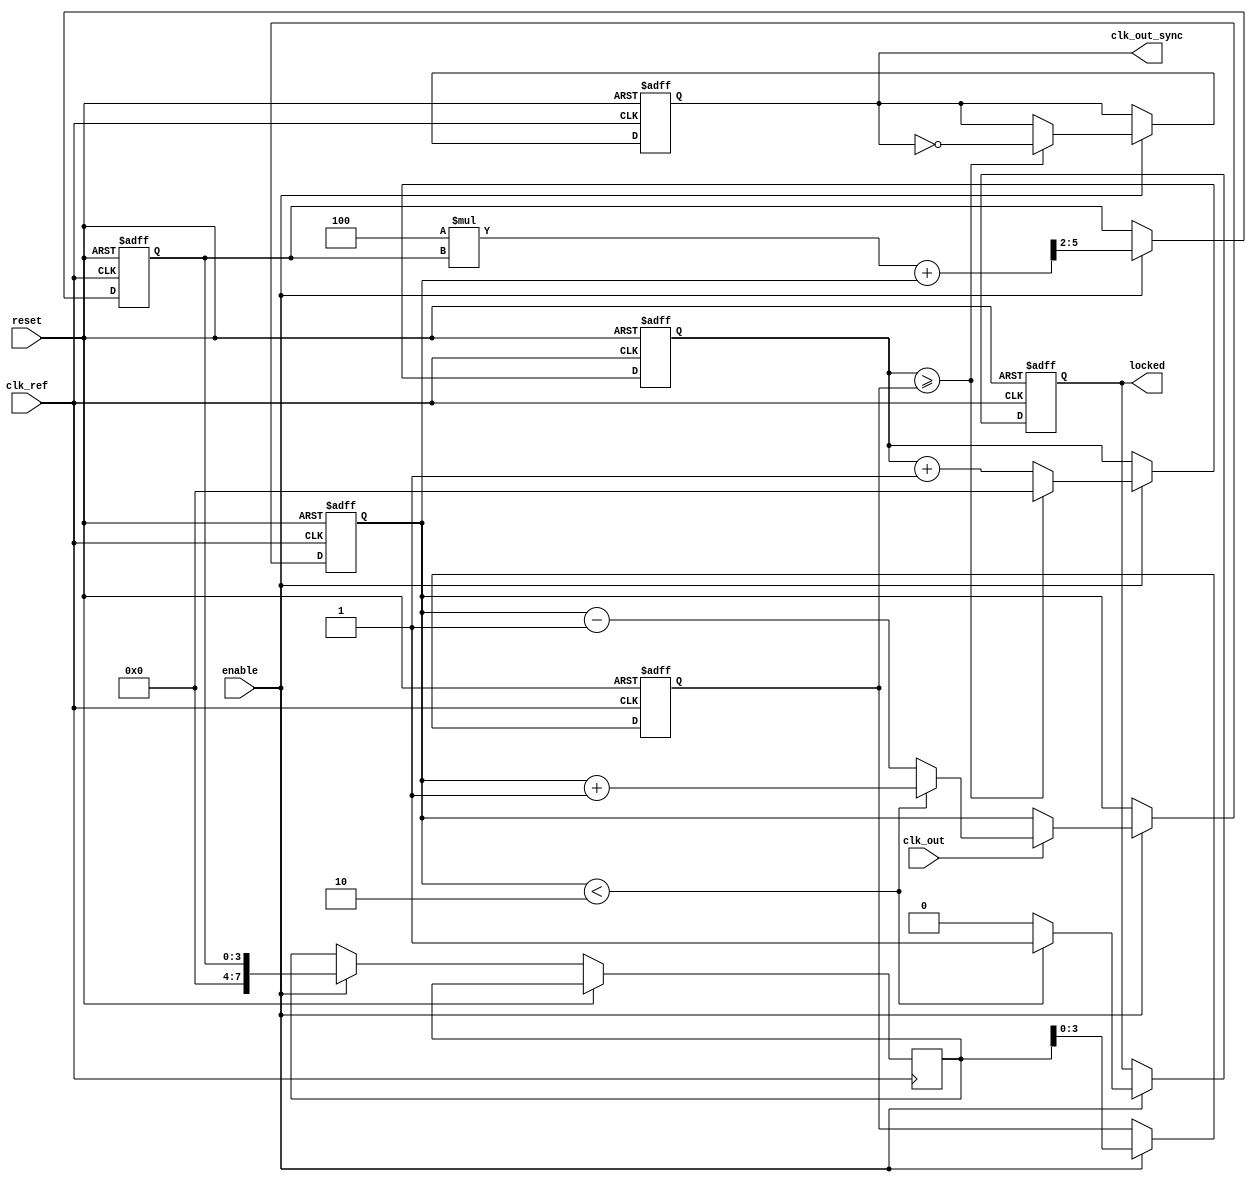
module dpll (
    input wire clk_ref,          // Reference clock
    input wire clk_out,          // Output clock
    input wire reset,            // Reset signal
    input wire enable,           // Enable signal
    output reg clk_out_sync,     // Synchronized output clock
    output reg locked            // Lock status
);

    // Parameters
    parameter MEMORY_SIZE = 16;  // Size of the memory blocks
    parameter PHASE_THRESHOLD = 2; // Threshold for lock detection
    parameter FILTER_COEF = 4;     // Coefficient for loop filter

    // Internal signals
    reg [MEMORY_SIZE-1:0] phase_memory;  // Memory for phase errors
    reg [3:0] phase_error;                // Phase error output from PD
    reg [7:0] control_signal;              // Control signal to VCO
    reg [3:0] vco_freq;                    // VCO frequency
    reg [3:0] vco_counter;                 // VCO counter for generating clk_out_sync
    reg [3:0] phase_detector_output;       // Output of phase detector
    reg [3:0] filtered_signal;             // Output of loop filter

    // Phase Detector
    always @(posedge clk_ref or posedge reset) begin
        if (reset) begin
            phase_detector_output <= 0;
        end else if (enable) begin
            // Simple phase error calculation
            if (clk_out) begin
                phase_detector_output <= (phase_detector_output < PHASE_THRESHOLD) ? 
                                          (phase_detector_output + 1) : 
                                          (phase_detector_output - 1);
            end
        end
    end

    // Memory Block
    always @(posedge clk_ref or posedge reset) begin
        if (reset) begin
            phase_memory <= 0;
        end else if (enable) begin
            // Store phase error in memory
            phase_memory <= {phase_memory[MEMORY_SIZE-2:0], phase_detector_output};
        end
    end

    // Loop Filter
    always @(posedge clk_ref or posedge reset) begin
        if (reset) begin
            filtered_signal <= 0;
        end else if (enable) begin
            // Simple first-order filter
            filtered_signal <= (FILTER_COEF * filtered_signal + phase_detector_output) >> 2;
            control_signal <= filtered_signal;
        end
    end

    // Voltage-Controlled Oscillator (VCO)
    always @(posedge clk_ref or posedge reset) begin
        if (reset) begin
            vco_freq <= 0;
            vco_counter <= 0;
            clk_out_sync <= 0;
            locked <= 0;
        end else if (enable) begin
            // Adjust frequency based on control signal
            vco_freq <= control_signal[3:0];
            vco_counter <= vco_counter + 1;
            
            // Generate output clock based on VCO frequency
            if (vco_counter >= vco_freq) begin
                clk_out_sync <= ~clk_out_sync;
                vco_counter <= 0;
            end

            // Lock Detection
            if (phase_detector_output < PHASE_THRESHOLD) begin
                locked <= 1; // Locked condition
            end else begin
                locked <= 0; // Not locked
            end
        end
    end

endmodule